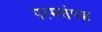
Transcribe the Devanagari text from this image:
परमसंपन्न